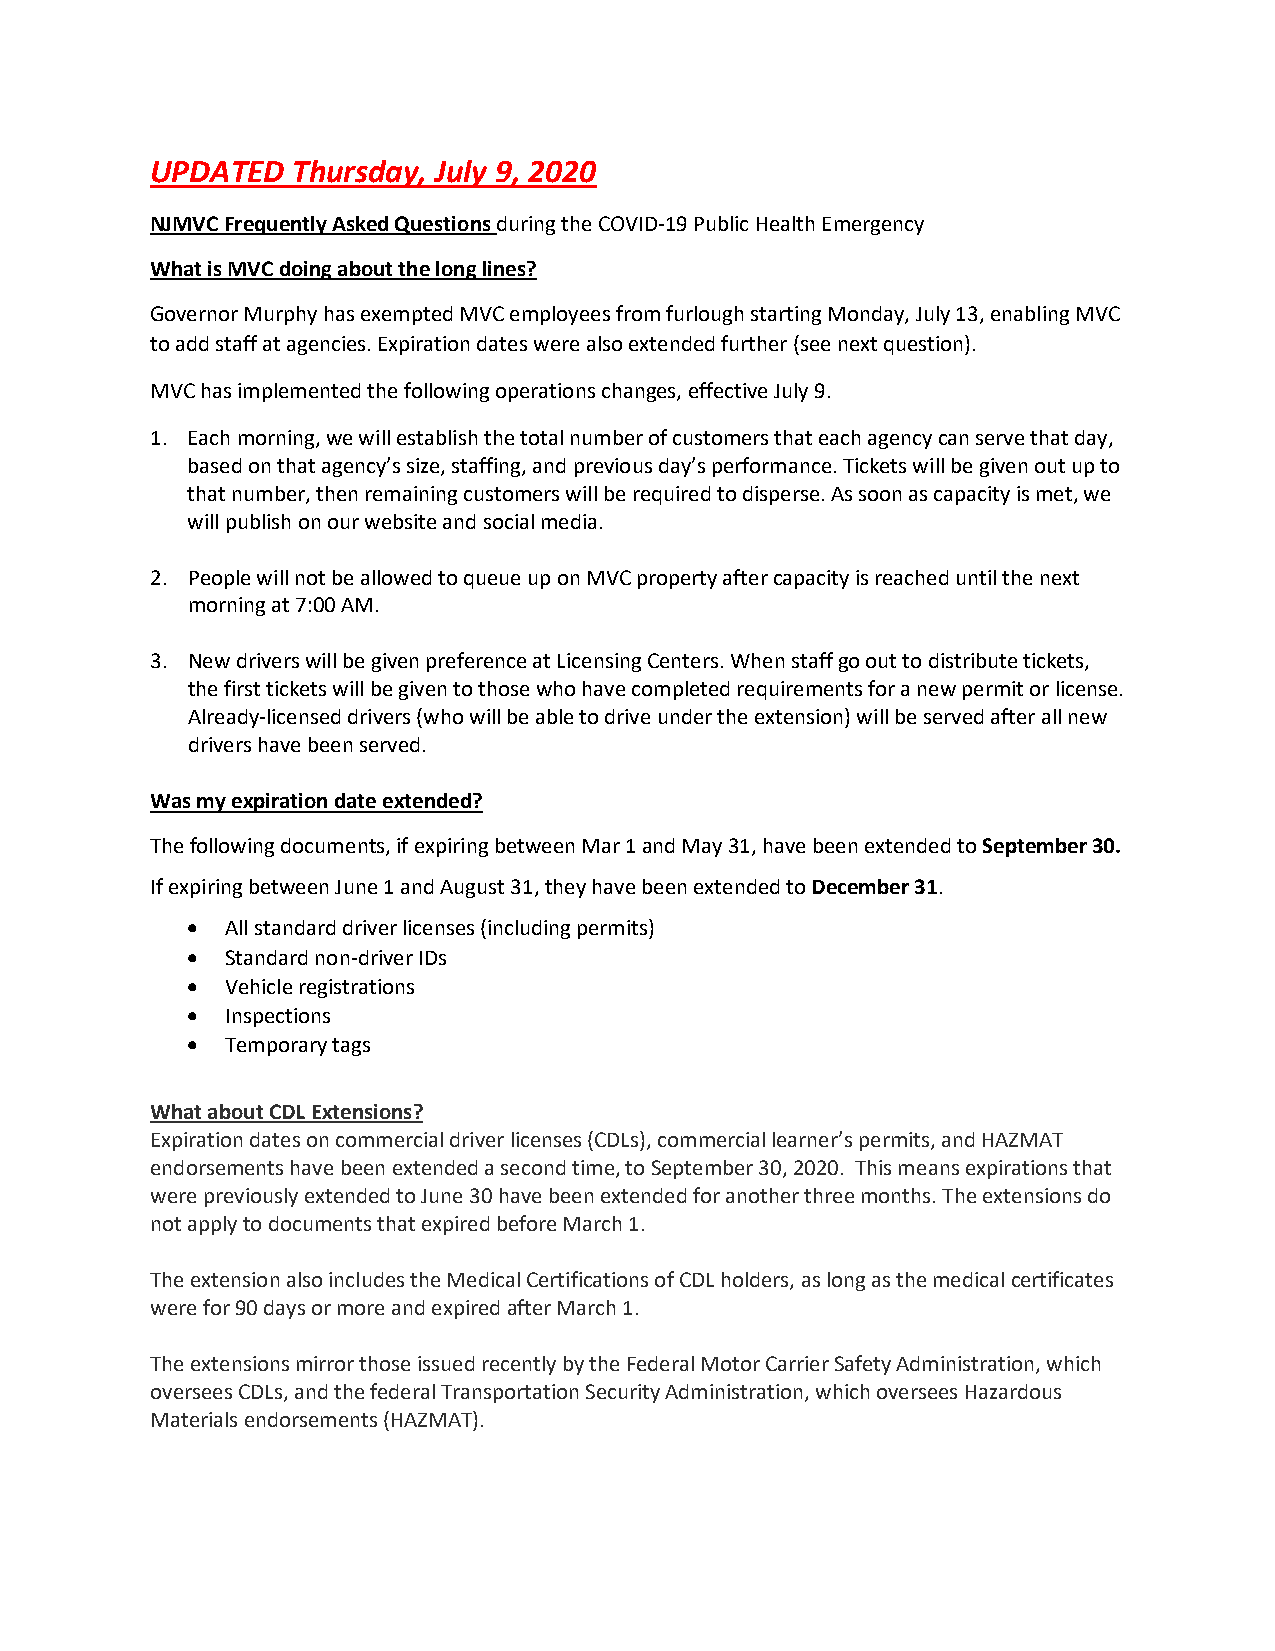
UPDATED  Thursday, July 9, 2020
 NJMVC Frequently Asked Questions during the COVID-19 Public Health Emergency
 What is MVC doing about the long lines?
 Governor Murphy has exempted MVC employees from furlough starting Monday, July 13, enabling MVC
 to add staff at agencies. Expiration dates were also extended further (see next question).
 MVC has implemented the following operations changes, effective July 9.
 1. Each morning, we will establish the total number of customers that each agency can serve that day,
 based on that agency’s size, staffing, and previous day’s performance. Tickets will be given out up to
 that number, then remaining customers will be required to disperse. As soon as capacity is met, we
 will publish on our website and social media.
 2. People will not be allowed to queue up on MVC property after capacity is reached until the next
 morning at 7:00 AM.
 3. New drivers will be given preference at Licensing Centers. When staff go out to distribute tickets,
 the first tickets will be given to those who have completed requirements for a new permit or license.
 Already-licensed drivers (who will be able to drive under the extension) will be served after all new
 drivers have been served.
 Was my expiration date extended?
 The following documents, if expiring between Mar 1 and May 31, have been extended to September 30.
 If expiring between June 1 and August 31, they have been extended to December 31.
 •  All standard driver licenses (including permits)
 •  Standard non-driver IDs
 •  Vehicle registrations
 •  Inspections
 •  Temporary tags
 What about CDL Extensions?
 Expiration dates on commercial driver licenses (CDLs), commercial learner’s permits, and HAZMAT
 endorsements have been extended a second time, to September 30, 2020. This means expirations that
 were previously extended to June 30 have been extended for another three months. The extensions do
 not apply to documents that expired before March 1.
 The extension also includes the Medical Certifications of CDL holders, as long as the medical certificates
 were for 90 days or more and expired after March 1.
 The extensions mirror those issued recently by the Federal Motor Carrier Safety Administration, which
 oversees CDLs, and the federal Transportation Security Administration, which oversees Hazardous
 Materials endorsements (HAZMAT).